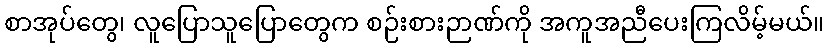
စာအုပ်တွေ၊ လူပြောသူပြောတွေက စဉ်းစားဉာဏ်ကို အကူအညီပေးကြလိမ့်မယ်။